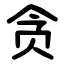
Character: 贪